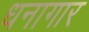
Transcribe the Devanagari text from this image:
धनागार